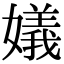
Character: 嬟